Lock hospitals Punjab
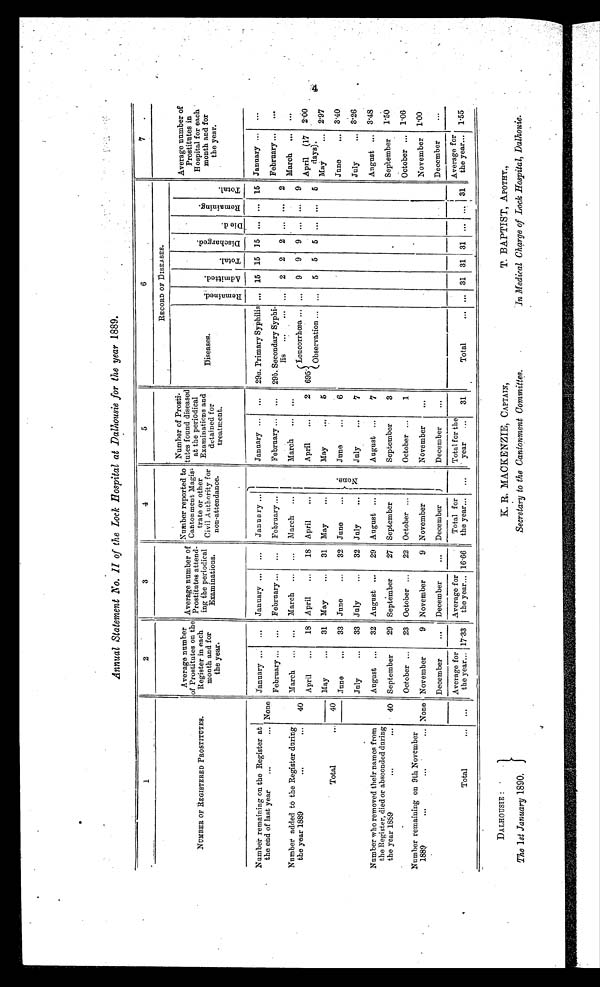
Annual Statement N o. II of the Lock Bospital at Dalhousie for the year 1889.
1
2
3
4
5
6
7
NUMBER OF REGISTERED PROSTITUTES.
Average number
of Prostitutes on the
Register in each
month and for
the year.
A v e r a g e n u m b e r o f
Prostitutes attend-
ing the 13eriodical
Examinations.
Number reported to
Cantonment Maxis=
trate or other
Civil Authority for
non-attendance.
•
Number of Prosti-
totes found diseased
at the periodical
Examinations an
treatment.
RECORD OF PISEASES.
Diseases.
R e m a i n e d .
A d m i t t e d
.
T o t a l .
D i s c h a r g e d
.
D i e d .
R e m a i n i n g .
T o t a l .
Average number of
Prostitutes in
Hospital for each
month and for
the year.
Number remaining on the Register at
the end of last year
...
...
January ...
...
January ...
...
Jan u a ry ...
f
al >
i Z
January ...
...
29a. Primary Syphilis ... 15 15 15 ... ... 15 January ...
...
None
February ...
...
February ...
...
February ...
February ...
...
29b. Secondary Sy phi-
lis
...
...
...
2 2
2 ...
...
2
February ...
...
Number added to the Register during
the year 1889
...
...
40
March ...
...
March ...
...
March ...
March ... ,„
teucorrhcea. ..,
9
9 . 9 ... ...
9
March ...
. . .
April
2
695'
Observation ... ...
5
5
5 ,..
...
5
April (17
days).
2.00
April
...
18 April
...
18 April
...
Total
...
40
May
...
31 May
...
31 May
...
May
...
5
May
...
2.97
June
...
6
June
,„ 3.40
June
...
33 June
...
32 June
..
July
...
33 July
...
32 July
...
July
...
7
July
... 3.26
Number who removed their names from
the Register, died or absconded during
the year 1889
... ...
August ...
32 August ...
29 August ...
August ...
7
August ... 3.48
40 September
29 September
27 September
September
3
September
1.50
Number remaining on 9th November
1889 ...
. . . . . ..
October ...
23 October ...
22 October
October ...
1
October ... 1.0
None November
9 November
9 November
November
...
November. P00
December
...
December
...
December
December
...
December
...
...
Average for
the year... 17.33
Average for
the year... 16 . 66
Total for
the year...
...
Total for the
' year
...
31
Total
... 31 31 31 ...
... 31
Average for
the year... 1.55
Total
...
DALHOUSIE :
The 1st January 1890.
K. R. MACKENZIE, CAPTAIN,
Secretary to the Cantonment Committee .
T. BAPTIST, APOTHY.,
In Medical Charge of Lock Hospital, Dalhouie.